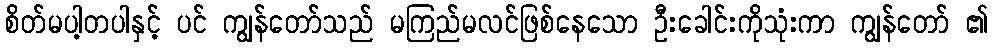
စိတ်မပါ့တပါနှင့် ပင် ကျွန်တော်သည် မကြည်မလင်ဖြစ်နေသော ဦးခေါင်းကိုသုံးကာ ကျွန်တော် ၏